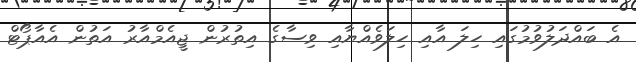
އެ ބައްދަލުވުމުގައި ހިލަ އާއި ހިލަވެއްޔާއި ވިސާގެ އިތުރުން ޖީއެމްއާރު އަތުން އެއާޕޯޓް